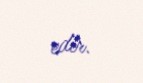
edir.